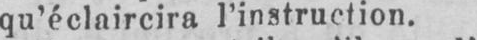
qu’éclaircira l’instruction.